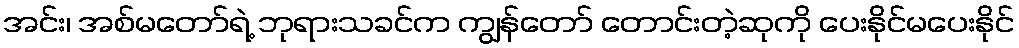
အင်း၊ အစ်မတော်ရဲ့ ဘုရားသခင်က ကျွန်တော် တောင်းတဲ့ဆုကို ပေးနိုင်မပေးနိုင်